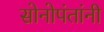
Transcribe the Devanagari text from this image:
सोनोपंतांनी